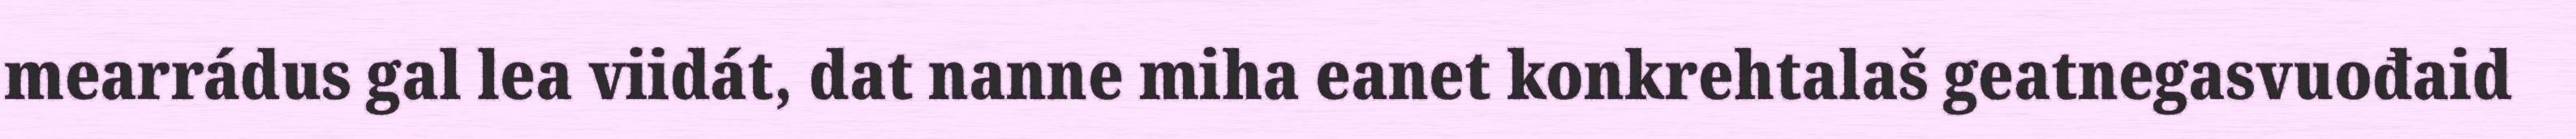
mearrádus gal lea viidát, dat nanne miha eanet konkrehtalaš geatnegasvuođaid